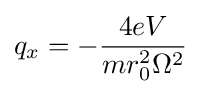
q_{x}=-{\frac {4eV}{mr_{0}^{2}\Omega ^{2}}}